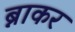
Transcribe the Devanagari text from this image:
ब्नाकर